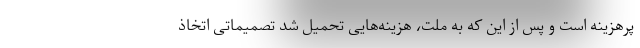
پرهزینه است و پس از این که به ملت، هزینه‌هایی تحمیل شد تصمیماتی اتخاذ